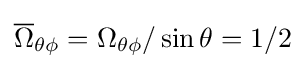
{\overline {\Omega }}_{\theta \phi }=\Omega _{\theta \phi }/\sin \theta =1/2